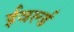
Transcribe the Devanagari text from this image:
ईवर्ल्ड